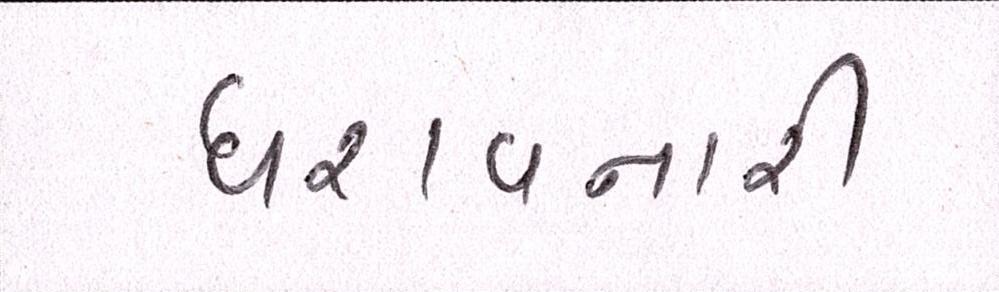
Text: ધરાવનારી